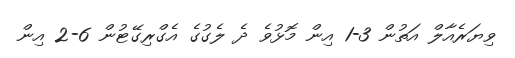
ވިޔަރެއާލް އަތުން 3-1 އިން މޮޅުވެ ދެ ލެގުގެ އެގްރިގޭޓުން 6-2 އިން